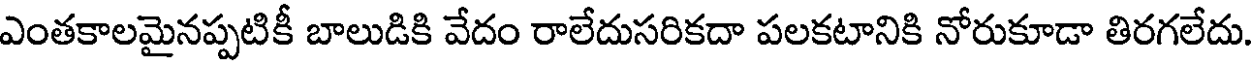
ఎంతకాలమైనప్పటికీ బాలుడికి వేదం రాలేదుసరికదా పలకటానికి నోరుకూడా తిరగలేదు